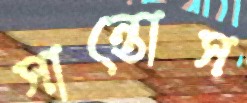
সান্তোস